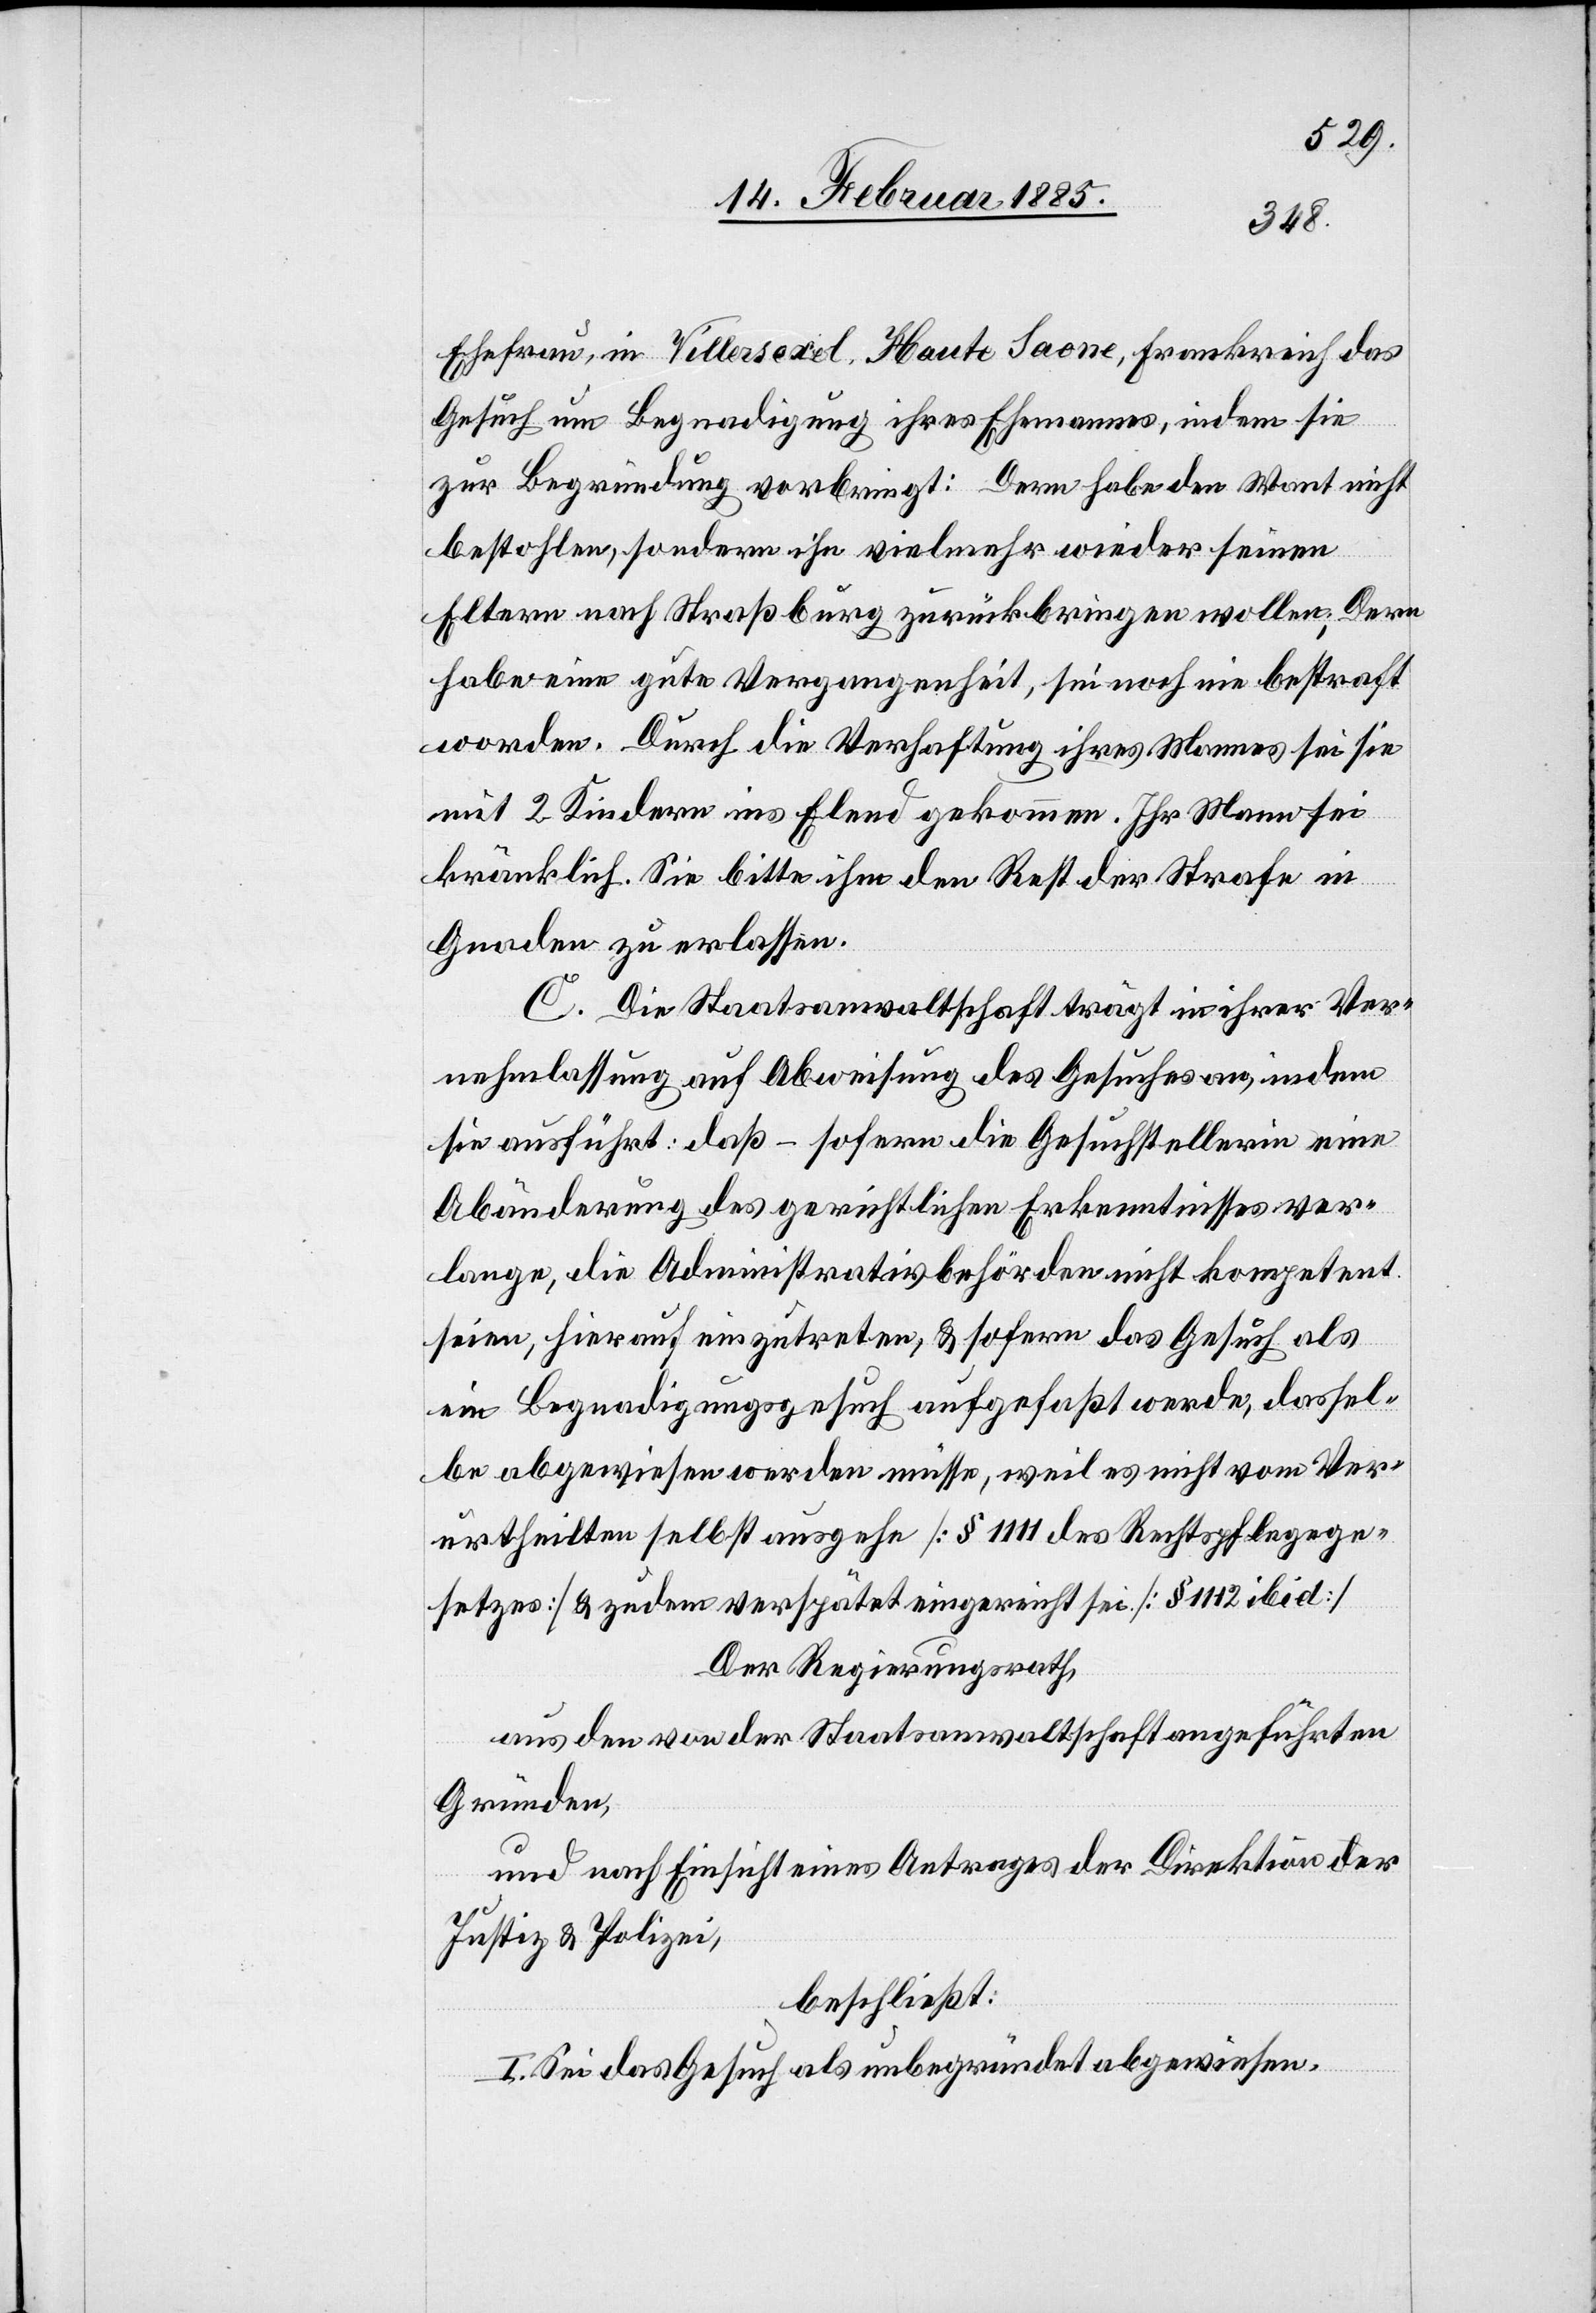
Ehefrau, in Villersexel, Haute Saone, Frankreich das
Gesuch um Begnadigung ihres Ehemannes, indem sie
zur Begründung vorbringt: Dern habe den Want nicht
bestohlen, sondern ihn vielmehr wieder seinen
Eltern nach Straßburg zurückbringen wollen; Dern
habe eine gute Vergangenheit, sei noch nie bestraft
worden. Durch die Verhaftung ihres Mannes sei sie
mit 2 Kindern ins Elend gekommen. Ihr Mann sei
kränklich. Sie bitte ihm den Rest der Strafe in
Gnaden zu erlassen.
C. Die Staatsanwaltschaft trägt in ihrer Ver¬
nehmlassung auf Abweisung des Gesuches an, indem
sie ausführt: daß – sofern die Gesuchstellerin eine
Abänderung des gerichtlichen Erkenntnisses ver¬
lange, die Administrativbehörden nicht kompetent
seien, hierauf einzutreten, & sofern das Gesuch als
ein Begnadigungsgesuch aufgefaßt werde, dassel¬
be abgewiesen werden müsse, weil es nicht vom Ver¬
urtheilten selbst ausgehe [§ 1111 des Rechtspflegege¬
setzes] & zudem verspätet eingereicht sei. [§ 1112 ibid]
Der Regierungsrath,
aus den von der Staatsanwaltschaft angeführten
Gründen,
und nach Einsicht eines Antrages der Direktion der
Justiz & Polizei,
beschließt:
I. Sei das Gesuch als unbegründet abgewiesen.